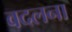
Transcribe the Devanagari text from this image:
वदलना